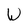
Character: W